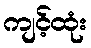
ကျင့်ထုံး